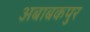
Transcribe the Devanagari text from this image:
अबाबकपुर